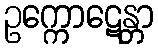
ဥက္ကောဋေန္တာ